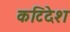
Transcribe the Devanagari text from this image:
कटिदेश